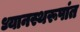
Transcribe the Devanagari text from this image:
ध्यानस्थरूपांत